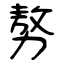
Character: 𠢕